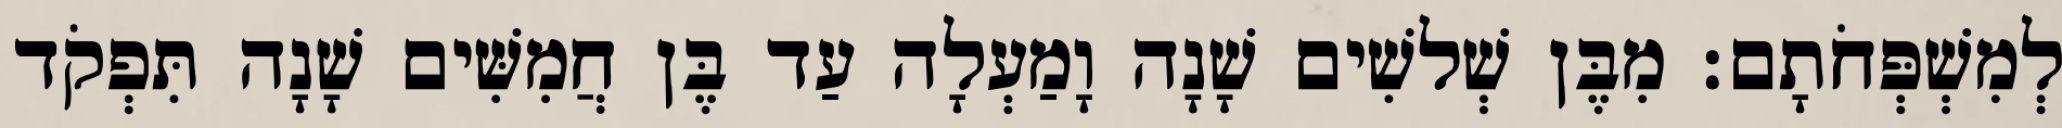
לְמִשְׁפְּחֹתָם׃ מִבֶּן שְׁלשִׁים שָׁנָה וָמַעְלָה עַד בֶּן חֲמִשִּׁים שָׁנָה תִּפְקֹד